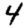
Digit: 4